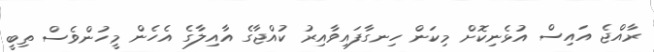
ރާއްޖެ އައިސް އުޅެނިކޮށް މިކަން ހިނގާފައިވާއިރު ކުއްޖާގެ އާއިލާގެ އެހެން މީހުންވެސް ތިބީ